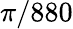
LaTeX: \pi/880